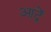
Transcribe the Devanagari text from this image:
आद्रें